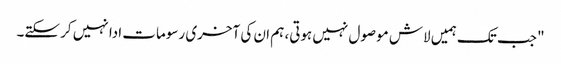
" جب تک ہمیں لاش موصول نہیں ہوتی، ہم ان کی آخری رسومات ادا نہیں کر سکتے۔